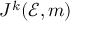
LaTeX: J ^ { k } ( { \mathcal { E } } , m )